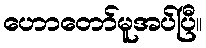
ဟောတော်မူအပ်ပြီ။